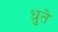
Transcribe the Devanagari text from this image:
धुते